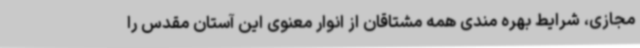
مجازی، شرایط بهره مندی همه مشتاقان از انوار معنوی این آستان مقدس را